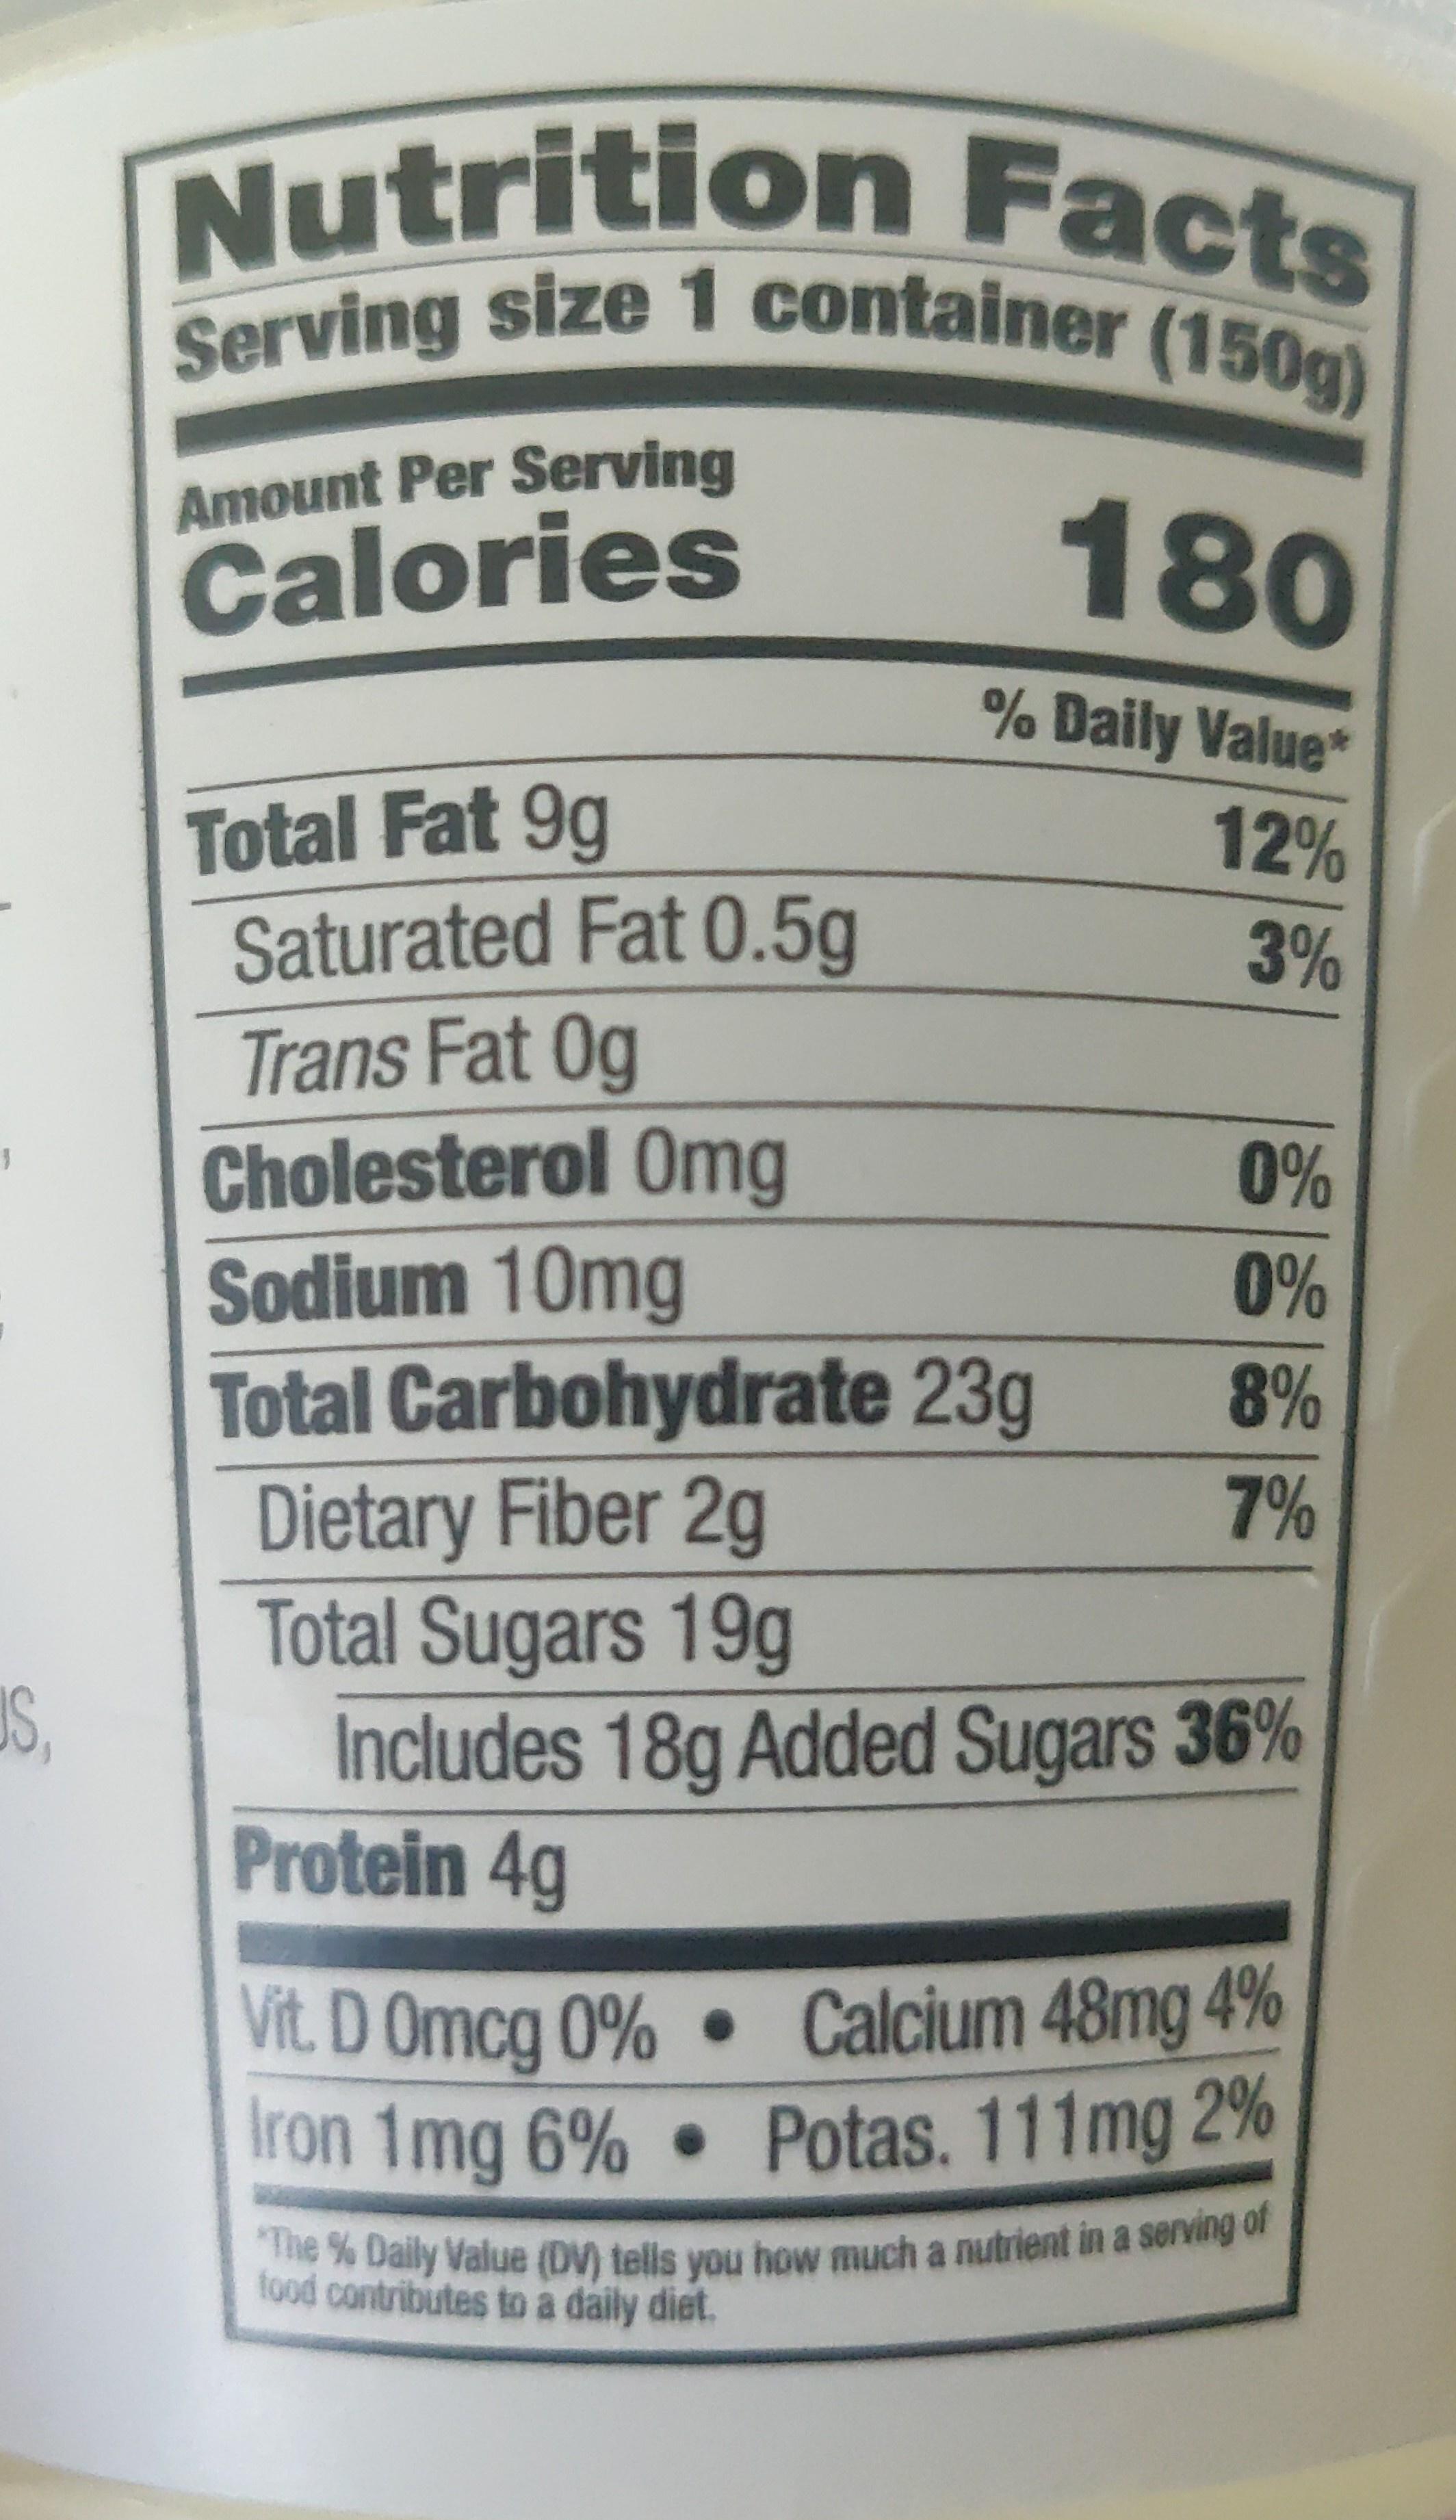
Nutrition Facts Serving size 1 container (150g)
Amount Per Serving
Calories
180
% Daily Value*
Total Fat 9g Saturated Fat 0.5g
12%
3%
Trans Fat 0g Cholesterol Omg Sodium 10mg Total Carbohydrate 23g Dietary Fiber 2g Total Sugars 19g Includes 18g Added Sugars 36% Protein 4g
0%
0%
8%
7%
Vit. D Omcg 0% • Calcium 48mg 4% Iron 1mg 6% • Potas. 111mg 2%
The % Daily Value (DV) tells you how much a nutrient in a serving of food contributes to a daily diet.